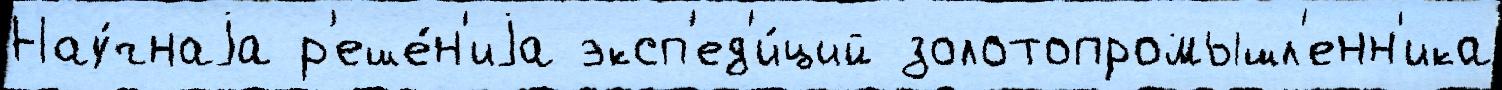
Нау́чнаjа р'еше́н'иjа эксп'ед'и́ций золотопромышл'енн'ика